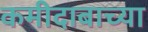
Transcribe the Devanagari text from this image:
कमीदाबाच्या